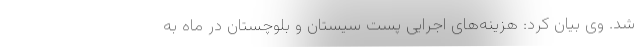
شد. وی بیان کرد: هزینه‌های اجرایی پست سیستان و بلوچستان در ماه به